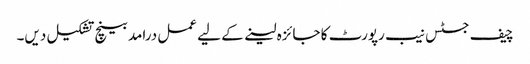
چیف جسٹس نیب رپورٹ کا جائزہ لینے کے لیے عمل درامد بینچ تشکیل دیں۔